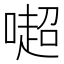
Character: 𠾸